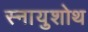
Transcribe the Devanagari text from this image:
स्नायुशोथ